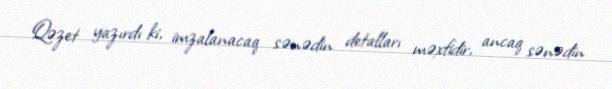
Qəzet yazırdı ki, imzalanacaq sənədin detalları məxfidir, ancaq sənədin